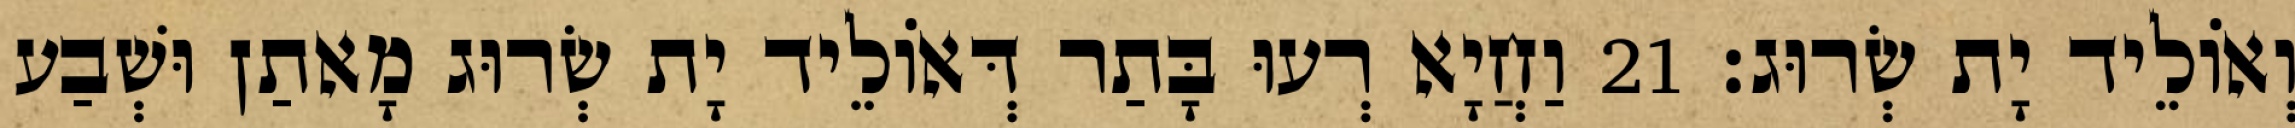
וְאוֹלֵיד יָת שְׂרוּג׃ 21 וַחֲיָא רְעוּ בָּתַר דְּאוֹלֵיד יָת שְׂרוּג מָאתַן וּשְׁבַע